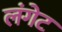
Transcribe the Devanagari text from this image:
लंगेट